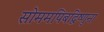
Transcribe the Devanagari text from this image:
सोममपिबद्विष्णुना